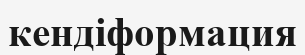
кендіформация